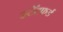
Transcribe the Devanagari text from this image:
स्टॅटफर्ड